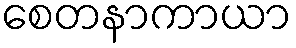
စေတနာကာယာ